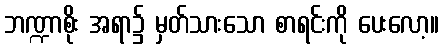
ဘဏ္ဍာစိုး အရာ၌ မှတ်သားသော စာရင်းကို ပေးလော့။